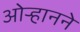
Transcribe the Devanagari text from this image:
ओऱ्हानने